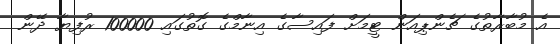
އެ މުބާރާތުގެ ޗެންޕިއަން ޓީމަށް ފައިސާގެ އިނާމްގެ ގޮތުގައި 100000 ރުފިޔާ ދޭން